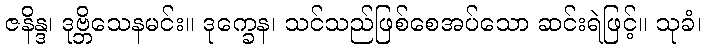
ဇနိန္ဒ၊ ဒုဗ္ဘိသေနမင်း။ ဒုက္ခေန၊ သင်သည်ဖြစ်စေအပ်သော ဆင်းရဲဖြင့်။ သုခံ၊